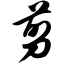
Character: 剪